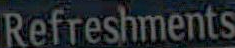
Refreshments